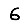
Digit: 6